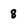
Character: 8